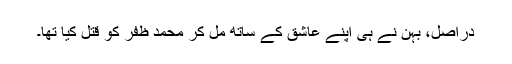
دراصل، بہن نے ہی اپنے عاشق کے ساتھ مل کر محمد ظفر کو قتل کیا تھا۔